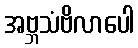
အဗ္ဘသံဗိလာပေါ